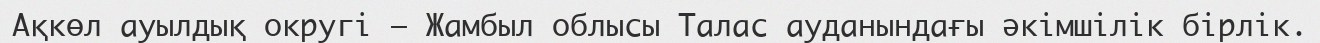
Ақкөл ауылдық округі – Жамбыл облысы Талас ауданындағы әкімшілік бірлік.